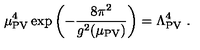
\mu _ { \mathrm { P V } } ^ { 4 } \exp \left( - { \frac { 8 \pi ^ { 2 } } { g ^ { 2 } ( \mu _ { \mathrm { P V } } ) } } \right) = \Lambda _ { \mathrm { P V } } ^ { 4 } \ .